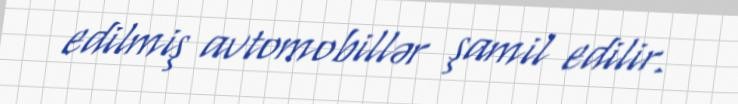
edilmiş avtomobillər şamil edilir.